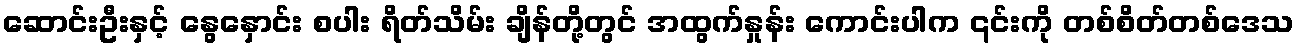
ဆောင်းဦးနှင့် နွေနှောင်း စပါး ရိတ်သိမ်း ချိန်တို့တွင် အထွက်နှုန်း ကောင်းပါက ၎င်းကို တစ်စိတ်တစ်ဒေသ